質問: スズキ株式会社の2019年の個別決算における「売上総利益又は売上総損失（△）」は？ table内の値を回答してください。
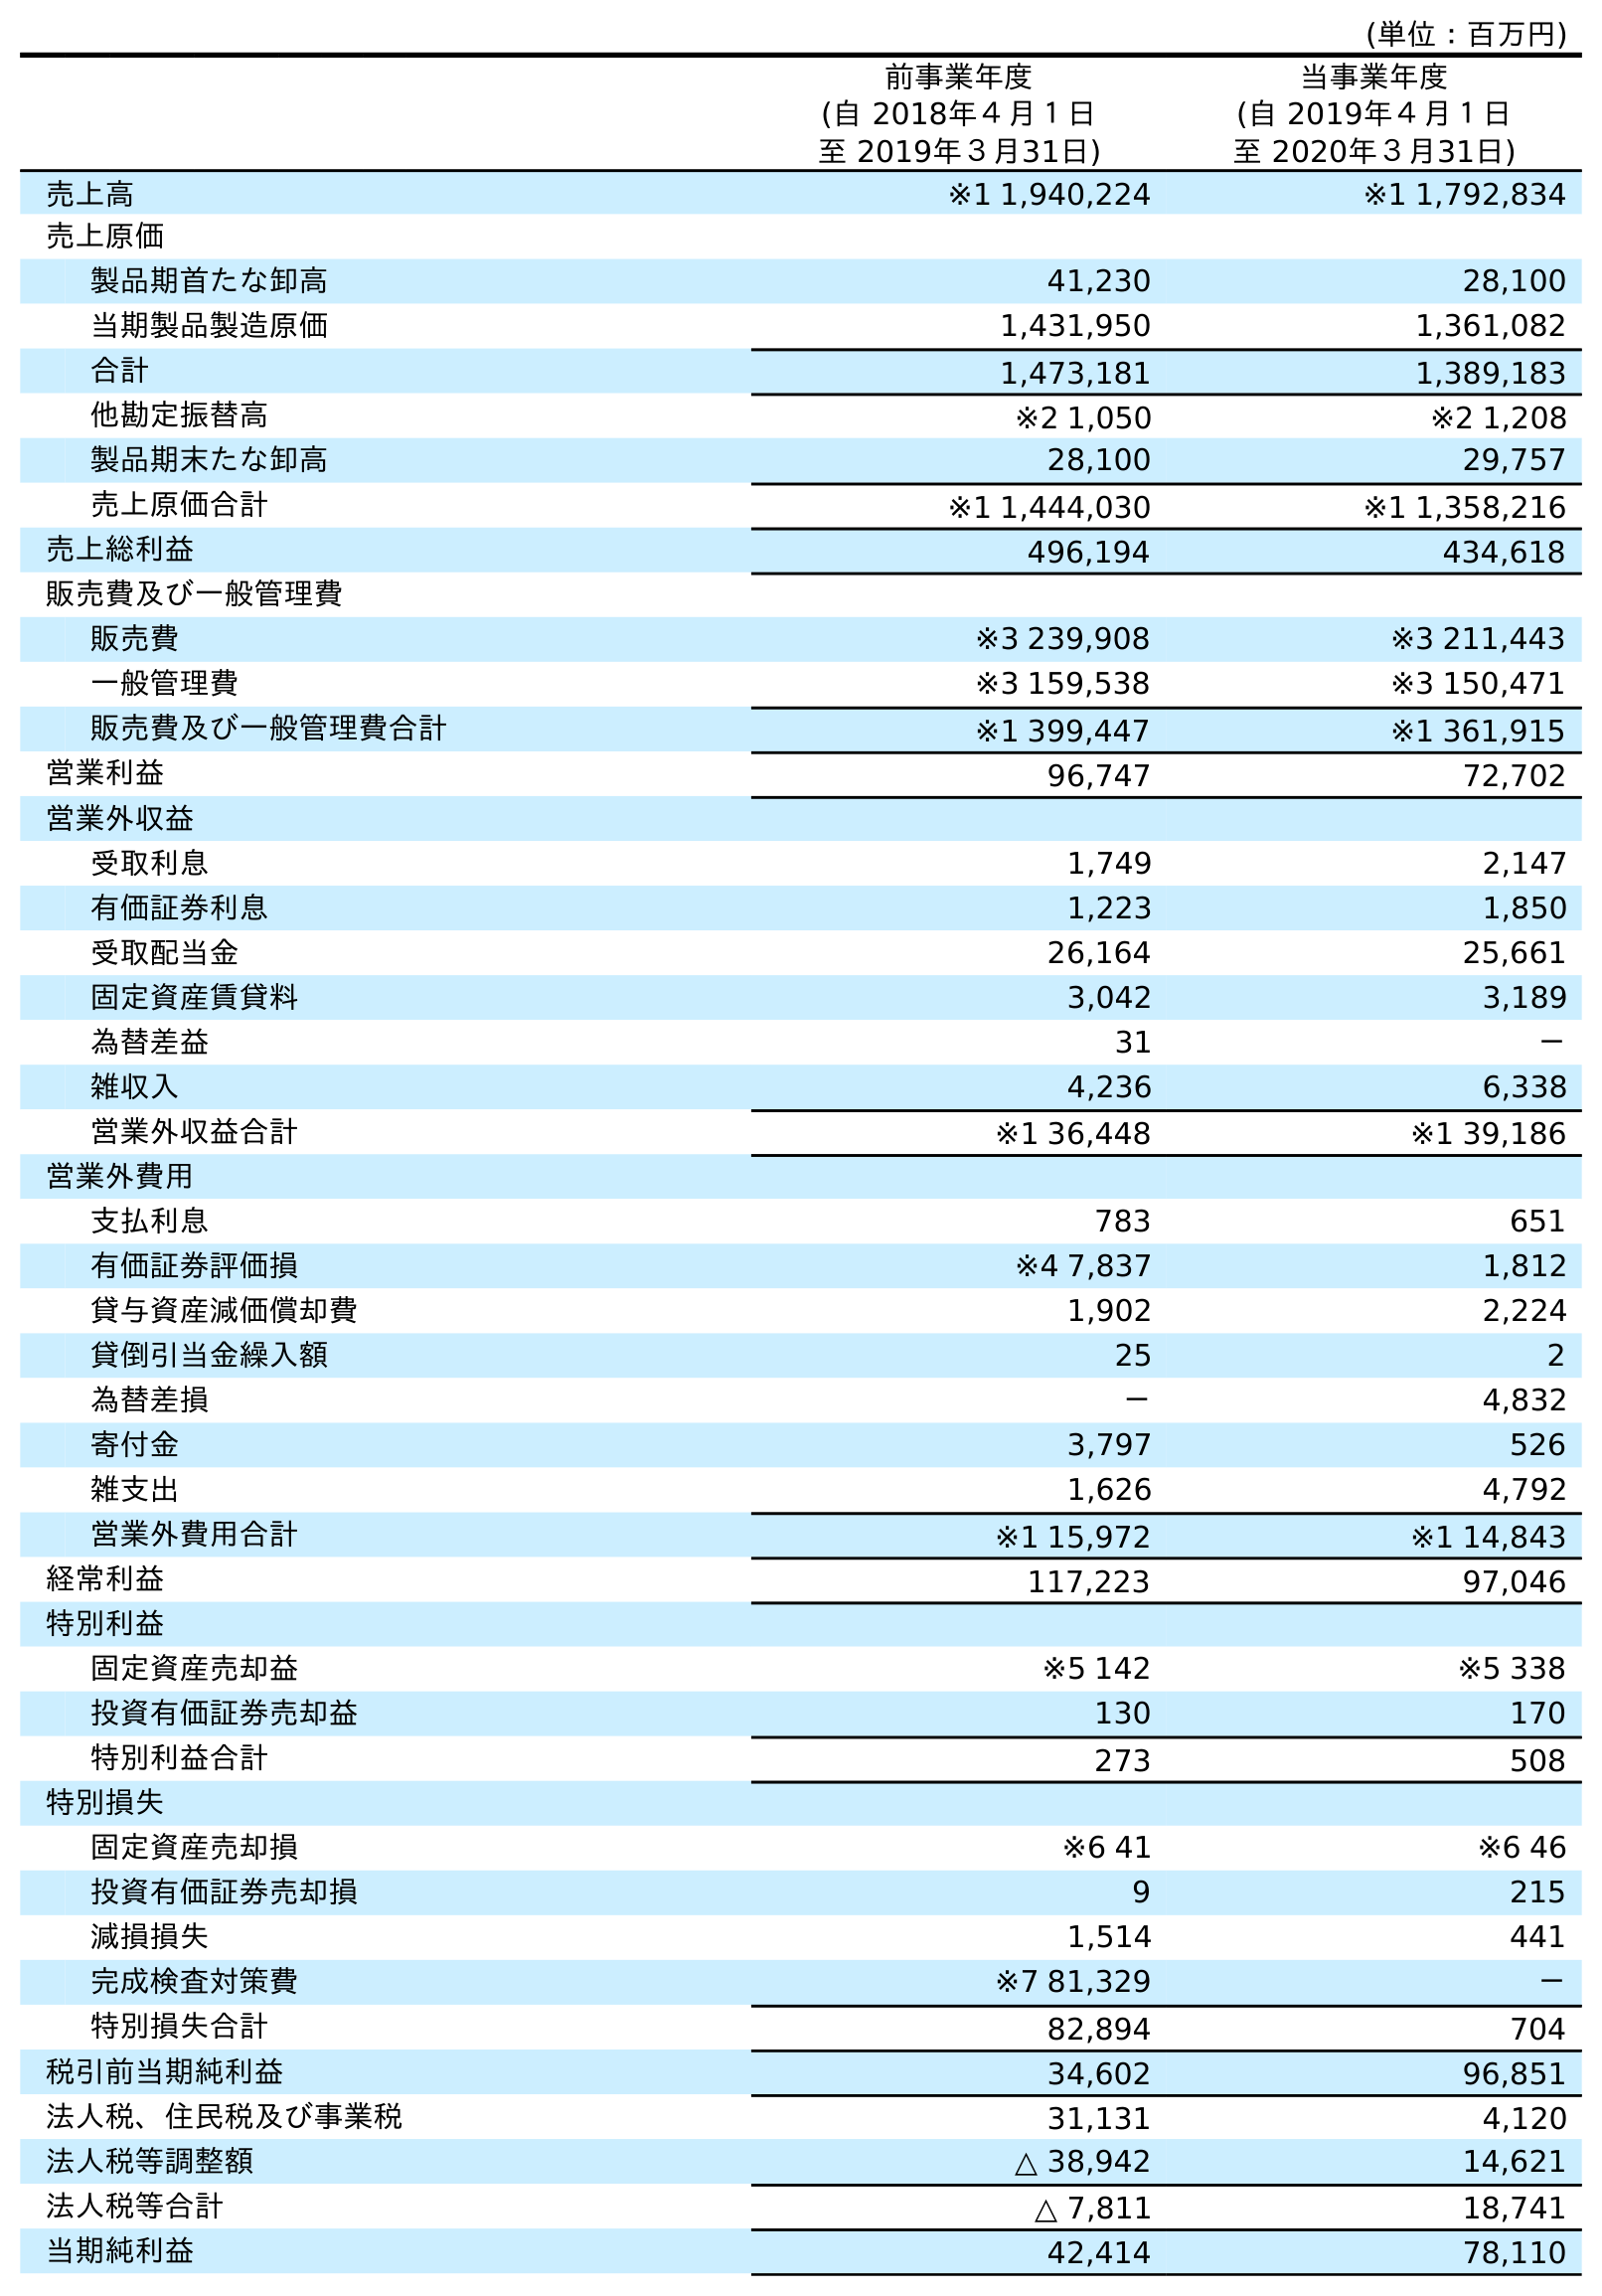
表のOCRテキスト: (単位：百万円) 前事業年度 (自 2018年４月１日 至 2019年３月31日) 当事業年度 (自 2019年４月１日 至 2020年３月31日) 売上高 ※1 1,940,224 ※1 1,792,834 売上原価 製品期首たな卸高 41,230 28,100 当期製品製造原価 1,431,950 1,361,082 合計 1,473,181 1,389,183 他勘定振替高 ※2 1,050 ※2 1,208 製品期末たな卸高 28,100 29,757 売上原価合計 ※1 1,444,030 ※1 1,358,216 売上総利益 496,194 434,618 販売費及び一般管理費 販売費 ※3 239,908 ※3 211,443 一般管理費 ※3 159,538 ※3 150,471 販売費及び一般管理費合計 ※1 399,447 ※1 361,915 営業利益 96,747 72,702 営業外収益 受取利息 1,749 2,147 有価証券利息 1,223 1,850 受取配当金 26,164 25,661 固定資産賃貸料 3,042 3,189 為替差益 31 － 雑収入 4,236 6,338 営業外収益合計 ※1 36,448 ※1 39,186 営業外費用 支払利息 783 651 有価証券評価損 ※4 7,837 1,812 貸与資産減価償却費 1,902 2,224 貸倒引当金繰入額 25 2 為替差損 － 4,832 寄付金 3,797 526 雑支出 1,626 4,792 営業外費用合計 ※1 15,972 ※1 14,843 経常利益 117,223 97,046 特別利益 固定資産売却益 ※5 142 ※5 338 投資有価証券売却益 130 170 特別利益合計 273 508 特別損失 固定資産売却損 ※6 41 ※6 46 投資有価証券売却損 9 215 減損損失 1,514 441 完成検査対策費 ※7 81,329 － 特別損失合計 82,894 704 税引前当期純利益 34,602 96,851 法人税、住民税及び事業税 31,131 4,120 法人税等調整額 △ 38,942 14,621 法人税等合計 △ 7,811 18,741 当期純利益 42,414 78,110
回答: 496,194